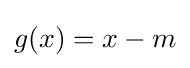
{\textstyle g(x)=x-m}